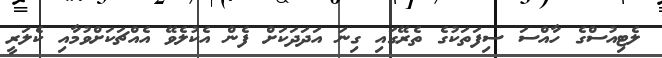
ލެޓިއުސްގެ ހާއްސަ ސިފަތަކުގެ ތެރޭގައި ގިނަ އަދަދަކަށް ފެން އެކުލެވޭ އެއްޗަކަށްވުމާއި ކެލަރީ